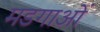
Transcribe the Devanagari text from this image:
मडगाओं